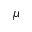
\mu